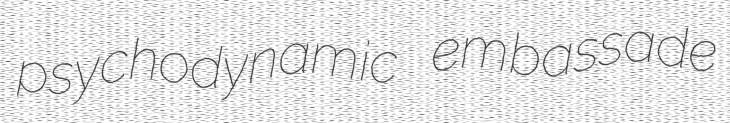
psychodynamic embassade